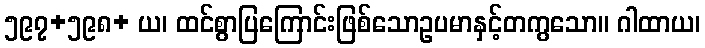
၅၉၇+၅၉၈+ ယ၊ ထင်စွာပြကြောင်းဖြစ်သောဥပမာနှင့်တကွသော။ ဂါထာယ၊